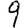
Digit: 9